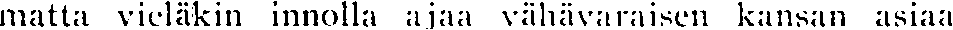
matta vieläkin innolla ajaa vähävaraisen kansan asiaa